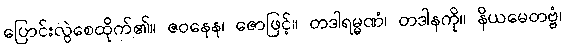
ပြောင်းလွဲစေထိုက်၏။ ဇဝနေန၊ ဇောဖြင့်။ တဒါရမ္မဏံ၊ တဒါနကို။ နိယမေတဗ္ဗံ၊